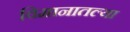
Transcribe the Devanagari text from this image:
विमानातल्या